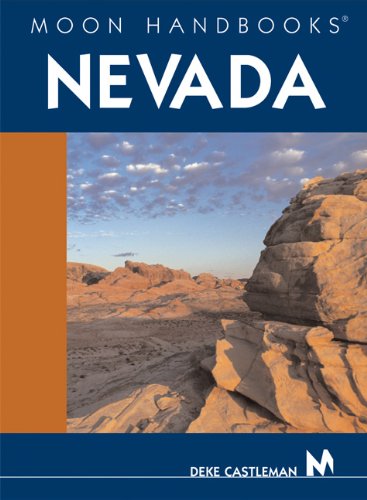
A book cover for Moon Handbooks Nevada; Deke Castleman; Travel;